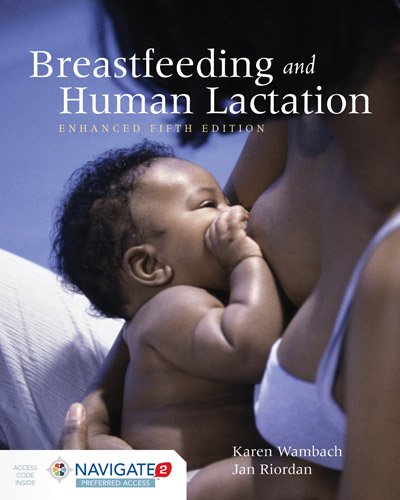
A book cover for Breastfeeding And Human Lactation, Enhanced Fifth Edition; Karen Wambach; Parenting & Relationships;